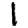
Digit: 1